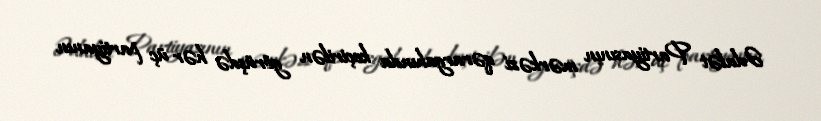
Ədalət Partiyasının mərkəzi qərargahında keçirilən görüşdə hər üç partiyanın